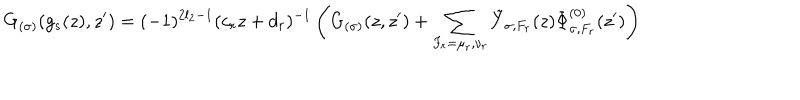
G _ { ( \sigma ) } ( g _ { s } ( z ) , z ^ { \prime } ) = ( - 1 ) ^ { 2 l _ { 2 } - 1 } ( c _ { r } z + d _ { r } ) ^ { - 1 } \left( G _ { ( \sigma ) } ( z , z ^ { \prime } ) + \sum _ { F _ { r } = \mu _ { r } , \nu _ { r } } \tilde { Y } _ { \sigma , F _ { r } } ( z ) \Phi _ { \sigma , { F _ { r } } } ^ { ( 0 ) } ( z ^ { \prime } ) \right)